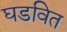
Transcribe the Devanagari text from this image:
घडवित